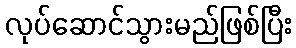
လုပ်ဆောင်သွားမည်ဖြစ်ပြီး